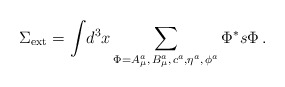
\begin{align*}\Sigma _{{\rm ext}}=\displaystyle{\int }d^3x\sum_{\Phi =A_\mu ^a,\,B_\mu^a,\,c^a,\eta ^a,\,\phi ^a}\Phi ^{*}s\Phi \,. \end{align*}